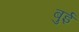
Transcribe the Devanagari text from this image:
बुई